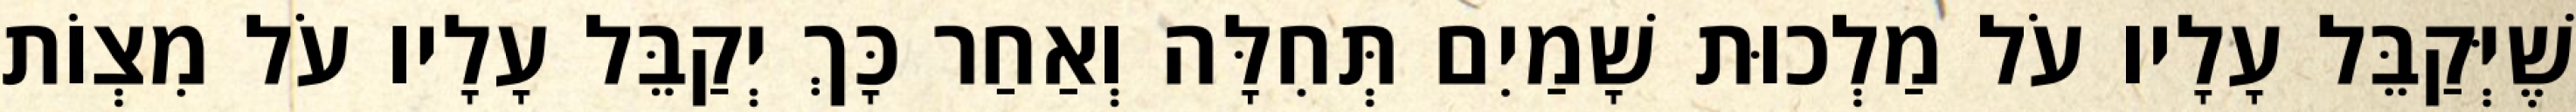
שֶׁיְּקַבֵּל עָלָיו עֹל מַלְכוּת שָׁמַיִם תְּחִלָּה וְאַחַר כָּךְ יְקַבֵּל עָלָיו עֹל מִצְוֹת